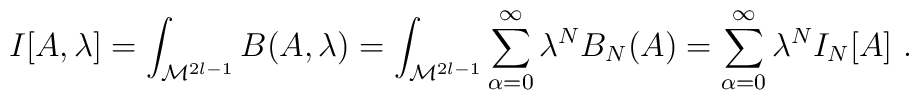
I[A,\lambda]=\int_{{\cal M}^{2l-1}}B(A,\lambda)=           \int_{{\cal M}^{2l-1}}\sum^\infty_{\alpha=0} \lambda^NB_N(A)=\sum^\infty_{\alpha=0}\lambda^N I_N [A]\ .